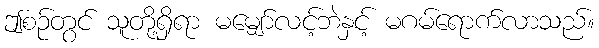
ဤစဉ်တွင် သူတို့ရှိရာ မမျှော်လင့်ဘဲနှင့် မဂမ်ရောက်လာသည်။